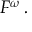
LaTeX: F ^ { \omega } \, .